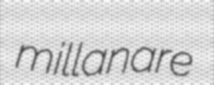
millanare